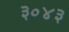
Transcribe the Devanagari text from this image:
३०४३